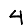
Digit: 4